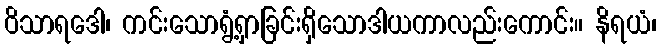
ဝိသာရဒေါ၊ ကင်းသောရွံ့ရှာခြင်းရှိသောဒါယကာလည်းကောင်း။ နိရယံ၊